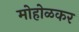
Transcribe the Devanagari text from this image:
मोहोळकर